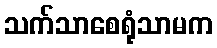
သက်သာစေရုံသာမက